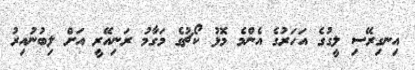
އިނގިރޭސި ލީގުގެ އަހަރުގެ އެންމެ މޮޅު ކޯޗުގެ މަގާމު ރަނިއޭރީ އަށް ލިބުނުއިރު